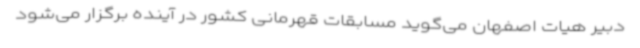
دبیر هیات اصفهان می‌گوید مسابقات قهرمانی کشور در آینده برگزار می‌شود